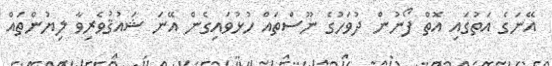
އޭނަގެ އަތުގައި އޮތް ފޯނުން ދުވަހުގެ ނޫސްތައް ހުޅުވައިގެން އޭނަ ޝައުޤުވެރިވާ ލިޔުންތައް